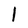
Character: 1